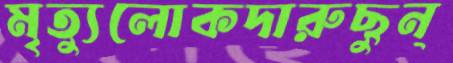
মৃত্যুলোকদারুছুন্